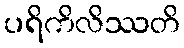
ပရိကိလိဿတိ